Vaccination in Bombay 1889-1901 - 1889-1901
Year: 1889
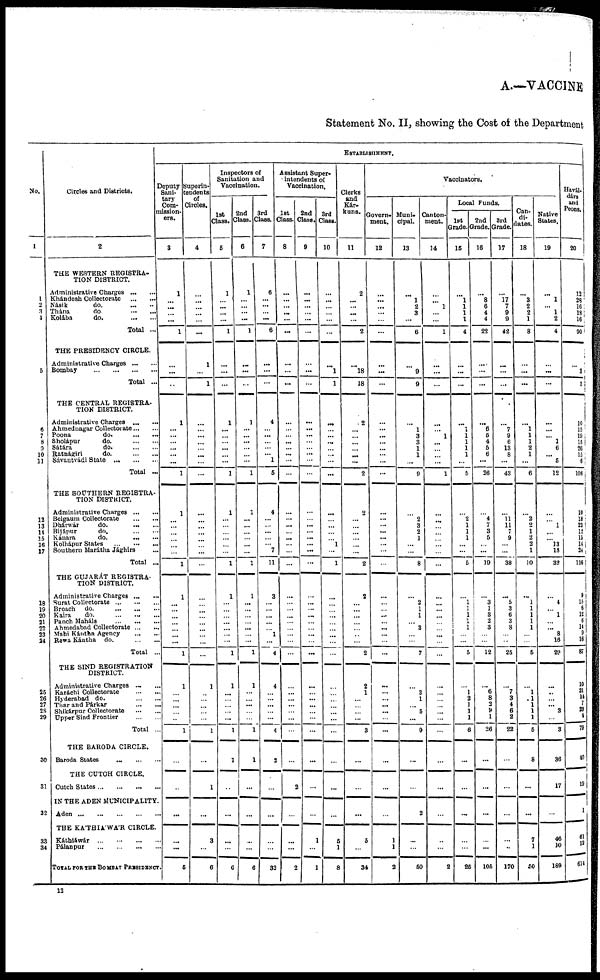
A.—VACCINE
Statement No. II, showing the Cost of the Department
No.
1
1
2
3
4
5
6
7
8
0
10
11
12
13
14
15
16
17
18
19
20
21
22
23
24
25
26
27
2S
29
30
31
32
33
34
Circles and Districts.
2
THE WESTERN REGISTRA-
TION DISTRICT.
Administrative Charges
...
...
Khándesh Collectorate ... ...
Násik
do.
...
...
Thána
do. ... ...
Kolába do. ... ...
Total ...
THE PRESIDENCY CIRCLE.
Administrative Charges
...
...
Bombay
...
...
...
...
Total ...
THE CENTRAL REGISTRA-
TION DISTRICT.
Administrative Charges
Ahmednagar Collectorate
Poona
do.
...
...
Sholápur
do.
...
...
Sátára
do.
...
...
Ratnágiri
do. ... ...
Sávantvádi State
...
...
...
Total ...
THE SOUTHERN REGISTRA-
TION DISTRICT.
Administrative Charges
...
...
Belgaum Collectorate ... ...
Dhánvár
do.
... ...
Bijápur
do. ... ...
Kánara
do.
...
...
Kolhápur States
...
...
Southern Marátha Jághirs
Total ...
THE GUJARAT REGISTRA-
TION DISTRICT.
Administrative Charges ... ...
Surat Collectorate ... ... ...
Broach
do.
...
...
...
Kaira
do.
Panch Mahals
Ahmedabad Collectorate
Mahi Kántha Agency
Rewa Kántha
do.
Total ...
THE SIND REGISTRATION
DISTRICT.
Administrative Charges ... ...
Karáchi Collectorate
...
...
Hyderabad do.
...
...
Thar and Párkar
...
...
Shikárpur Collectorate ... ...
Upper Sind Frontier
...
...
Total ...
THE BARODA CIRCLE.
Baroda States
...
...
...
THE CUTCH CIRCLE.
Cutch States
...
...
...
...
IN THE ADEN MUNICIPALITY.
Aden ... ... ... ... ...
THE KA'THIA'WA'R CIRCLE.
Káthiáwár
...
...
...
...
Pálanpur
...
...
...
...
TOTAL FOR THE BOMBAY PRESIDENCY.
ESTABLISHMENT.
Deputy
Sani-
tary
Com-
mission-
ers.
3
1
...
...
...
...
1
...
...
..
1
...
...
...
...
... ...
1
1
...
...
...
...
...
...
1
1
...
...
...
...
... ...
...
1
1
...
...
...
...
...
1
...
...
...
...
...
5
Superin-
tendents
of
Circles.
4
...
...
...
...
...
...
1
...
1
... ...
...
...
...
...
...
...
...
...
...
... ...
...
...
...
...
... ...
...
...
...
...
...
1
...
...
...
...
...
1
...
1
...
3
...
6
Inspectors of
Sanitation and
Vaccination.
1st
Class.
5
1
...
...
...
...
1
...
...
...
1
...
...
...
...
...
...
1
1
...
...
...
...
...
...
1
1
...
...
...
... ...
...
...
1
1
...
...
...
... ...
1
1
...
...
...
...
6
2nd
Class.
6
1
...
...
...
...
1
...
...
...
1
... ...
...
...
...
...
1
1
...
...
...
...
... ...
1
1
...
...
...
... ...
... ...
1
1
...
... ...
...
...
1
1
...
...
...
...
6
3rd
Class.
7
6
... ...
...
...
6
...
...
...
4
... ...
...
... ... 1
5
4
...
...
...
...
... 7
11
3
...
...
...
...
... 1
...
4
4
...
...
...
... ...
4
2
...
...
...
...
32
Assistant Super¬
intendents of
Vaccination.
1st
Class.
8
...
...
...
...
...
...
...
...
...
...
...
...
... ...
...
...
...
...
...
... ...
...
...
...
...
...
...
...
...
...
...
...
...
...
...
...
...
... ...
...
...
2
...
...
...
2
2nd
Class.
9
...
...
...
...
...
...
...
...
...
...
...
...
...
... ...
...
...
...
... ...
... ...
...
...
...
...
...
... ...
...
... ...
...
...
...
...
...
...
...
...
...
...
...
...
1
...
1
3rd
Class.
10
...
...
...
...
...
...
...
1
1
...
...
...
...
...
...
...
...
...
...
...
...
... 1
...
1
...
...
...
...
...
...
...
...
...
...
...
...
...
...
...
...
...
...
...
5
1
8
Clerks
and
Kár¬
kuns.
11
2
...
... ...
...
2
...
18
18
2
...
...
...
...
... ...
2
2
...
...
...
...
... ...
2
2
...
...
...
...
...
...
...
2
2
1
...
...
...
...
3
...
...
...
5
...
34
Vaccinators.
Govern-
ment.
12
...
...
...
...
...
...
...
...
...
...
...
...
...
...
... ...
...
...
...
...
... ...
...
...
...
...
...
...
...
... ...
...
...
...
...
...
...
... ...
...
...
...
...
...
1
1
2
Muni-
cipal.
13
...
1
2
3
...
6
...
9
9
...
1
3
3
1
1
...
9
...
2
3
2
1
...
...
8
...
2
1
1
... 3
...
...
7
...
3
1
... 5
...
9
...
...
2
...
...
60
Canton-
ment.
14
...
... 1
...
...
1
...
...
...
...
...
1
... ...
...
...
1
...
... ...
...
...
...
...
...
...
...
...
...
...
...
...
...
...
...
...
...
...
...
...
...
...
...
...
...
...
2
Local Funds.
1st
Grade.
15
...
1
1
1
1
4
...
...
...
...
1
1
1
1 1
...
5
...
2
1
1
1
...
...
5
...
1
1
1
1
1
...
...
5
...
1
2
1
1
1
6
...
...
...
...
...
25
2nd
Grade.
16
...
8
6
4
4
22
...
...
...
...
6
5
4
5 6
...
26
...
4
7
3
5
... ...
19
...
3
1
3
2
3
...
...
12
...
6
8
2
9
1
26
...
...
...
...
...
105
3rd
Grade.
17
...
17
7
9
9
42
...
...
...
...
7
9
6
13 8
...
43
...
11 11
7
9
...
...
38
...
5
3
6
3
8
...
...
25
...
7
3
4
6
2
22
...
...
1
...
...
170
Can-
di-
dates.
18
...
3
2
2
1
8
...
...
...
...
1
1
1
2 1
...
6
...
2
2
1
2
2
1
10
...
1
1
1
1
1
...
...
5
...
1
1
1
1
1
6
8
...
...
7
1
50
Native
States.
19
...
1
... 1
2
4
...
...
...
...
...
...
1
6
... 5
12
...
...
...
...
... 13
18
32
...
4
... 1
...
... 8
16
29
...
...
...
... 3
...
3
36
17
...
46
10
189
Havál¬
dárs
and
Peons.
20
12
28
16
18
16
90
...
3
3
10
15
19
15 26
15
6
106
10
18 23
12
15 14
24
116
9
15
6
12
6
14
9
16
87
10
21
14
7
23
4
79
40
19
1
61
12
614
12